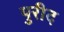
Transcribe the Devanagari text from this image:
पुरीद